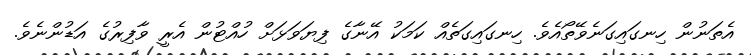
އެތަނުން ހިނގައިގަނެވޭތޯއެވެ. ހިނގައިގަތެއް ކަމަކު އޭނާގެ ފިޔަވަޅަށް ހުއްޓުން އެރީ ވާފިރުގެ އަޑުންނެވެ.